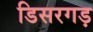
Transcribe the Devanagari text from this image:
डिसरगड़